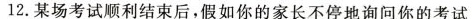
12.某场考试顺利结束后，假如你的家长不停地询问你的考试